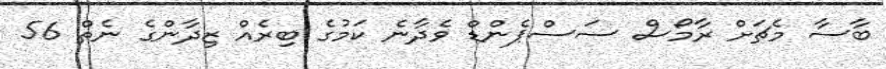
ބާސާ މެޗަށް ރާމޯސް ސަސްޕެންޑް ވެދާނެ ކަމުގެ ބިރެއް ޒިދާންގެ ނެތް 56